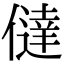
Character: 㒓